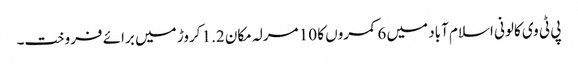
پی ٹی وی کالونی اسلام آباد میں 6 کمروں کا 10 مرلہ مکان 1.2 کروڑ میں برائے فروخت۔